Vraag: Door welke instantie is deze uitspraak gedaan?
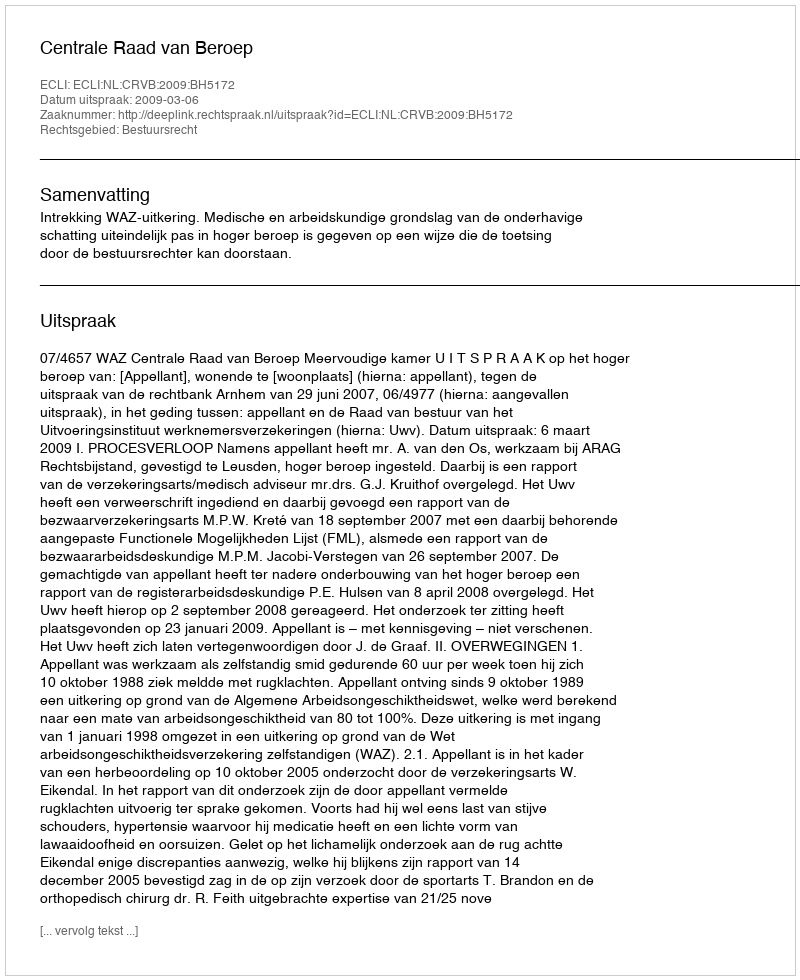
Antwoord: Centrale Raad van Beroep